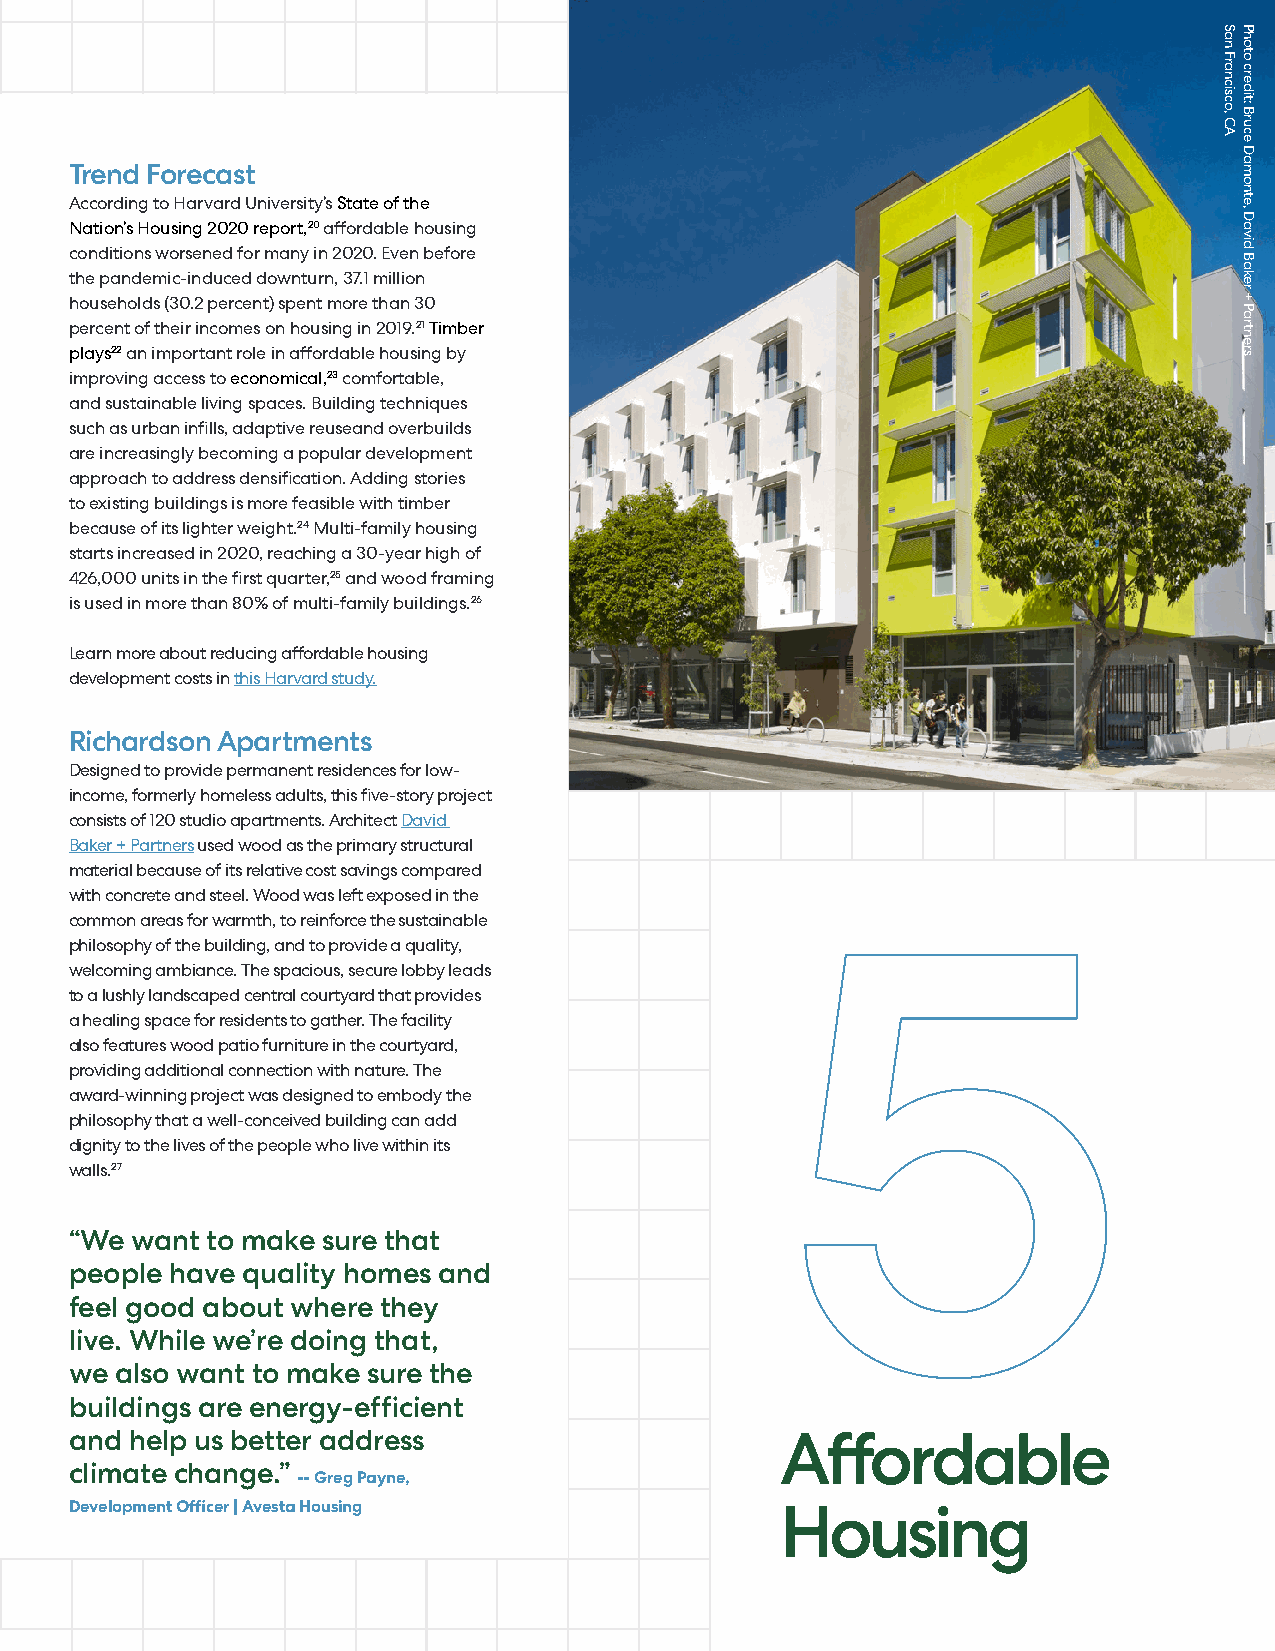
Trend Forecast
 According to Harvard University’s State of the
 Nation’s Housing 2020 report,20 affordable housing
 conditions worsened for many in 2020. Even before
 the pandemic-induced downturn, 37.1 million
 households (30.2 percent) spent more than 30
 percent of their incomes on housing in 2019.21 Timber
 plays22 an important role in affordable housing by
 improving access to economical,23 comfortable,
 and sustainable living spaces. Building techniques
 such as urban infills, adaptive reuseand overbuilds
 are increasingly becoming a popular development
 approach to address densification. Adding stories
 to existing buildings is more feasible with timber
 because of its lighter weight.24 Multi-family housing
 starts increased in 2020, reaching a 30-year high of
 426,000 units in the first quarter,25 and wood framing
 is used in more than 80% of multi-family buildings.26
 Learn more about reducing affordable housing
 development costs in this Harvard study.
 Richardson Apartments
 Designed to provide permanent residences for low-
 income, formerly homeless adults, this five-story project
 consists of 120 studio apartments. Architect David
 Baker + Partners used wood as the primary structural
 material because of its relative cost savings compared
 with concrete and steel. Wood was left exposed in the
 common areas for warmth, to reinforce the sustainable 5
 philosophy of the building, and to provide a quality,
 welcoming ambiance. The spacious, secure lobby leads
 to a lushly landscaped central courtyard that provides
 a healing space for residents to gather. The facility
 also features wood patio furniture in the courtyard,
 providing additional connection with nature. The
 award-winning project was designed to embody the
 philosophy that a well-conceived building can add
 dignity to the lives of the people who live within its
 walls.27
 “We want to make sure that
 people have quality homes and
 feel good about where they
 live. While we’re doing that,
 we also want to make sure the
 buildings are energy-efficient
 and help us better address                     Affordable
 climate change.”
 -- Greg Payne,
 Development Officer | Avesta Housing           Housing
 San
 Francisco,
 CA
 Photo
 credit:
 Bruce
 Damonte,
 David
 Baker
 +
 Partners